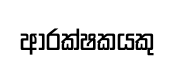
ආරක්ෂකයකු